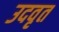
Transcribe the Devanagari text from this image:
उदवृत